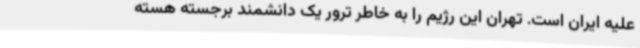
علیه ایران است. تهران این رژیم را به خاطر ترور یک دانشمند برجسته هسته